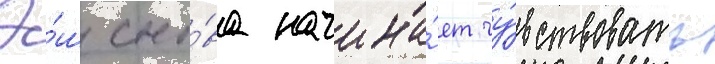
Э́ш сно́ва начина́ет чу́вствовать